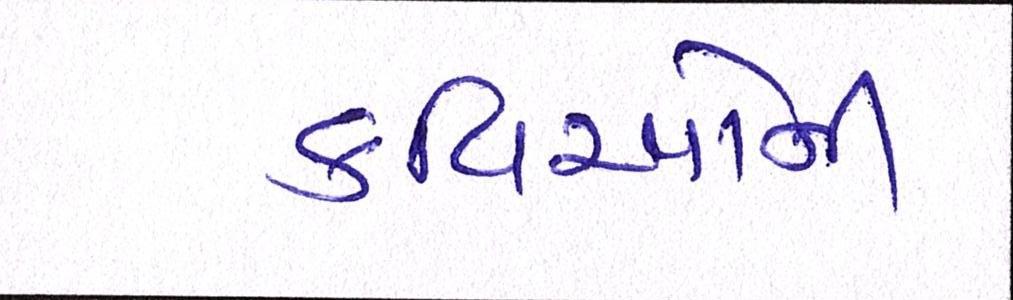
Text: કવિઓની